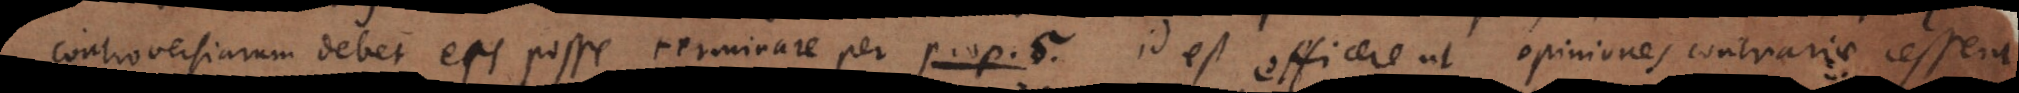
roversiarum debet eas posse terminare per prop. 5. id est efficere ut opiniones contrariae cessent